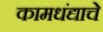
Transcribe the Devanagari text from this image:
कामधंद्याचे